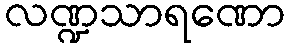
လဏ္ဍသာရဏော